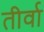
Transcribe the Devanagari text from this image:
तीर्वा